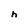
Character: h